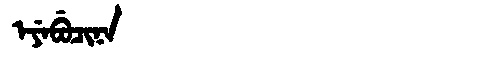
Manchu: ᡝᠶᡝᠪᡠᠴᡳᠨᠠ
Romanization: EYEBUCINA